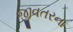
જીવતરના